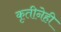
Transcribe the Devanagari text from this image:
कृतीनेही